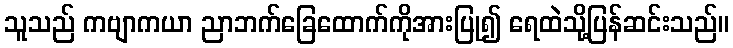
သူသည် ကဗျာကယာ ညာဘက်ခြေထောက်ကိုအားပြု၍ ရေထဲသို့ပြန်ဆင်းသည်။